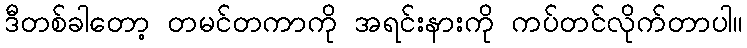
ဒီတစ်ခါတော့ တမင်တကာကို အရင်းနားကို ကပ်တင်လိုက်တာပါ။